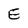
Character: E